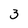
Character: 3